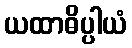
ယထာဓိပ္ပါယံ